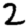
Digit: 2